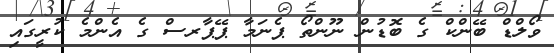
ވޯލްޑް ބޭންކް ގެ ބޮޑުން ނޫންތޯ ޕެނަމާ ޕޭޕާރސް ގެ އެންމެ ކުރީގައި